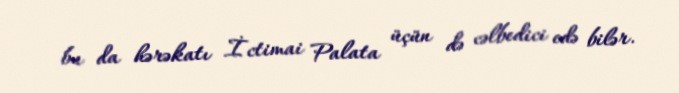
bu da hərəkatı İctimai Palata üçün də cəlbedici edə bilər.